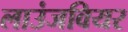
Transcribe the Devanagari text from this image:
लाउंजवियर